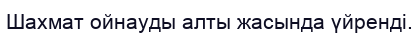
Шахмат ойнауды алты жасында үйренді.